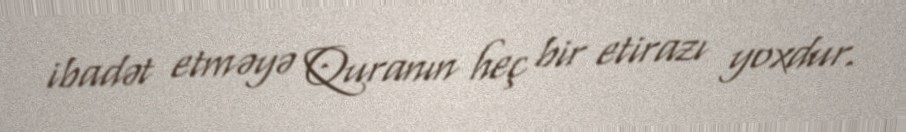
ibadət etməyə Quranın heç bir etirazı yoxdur.